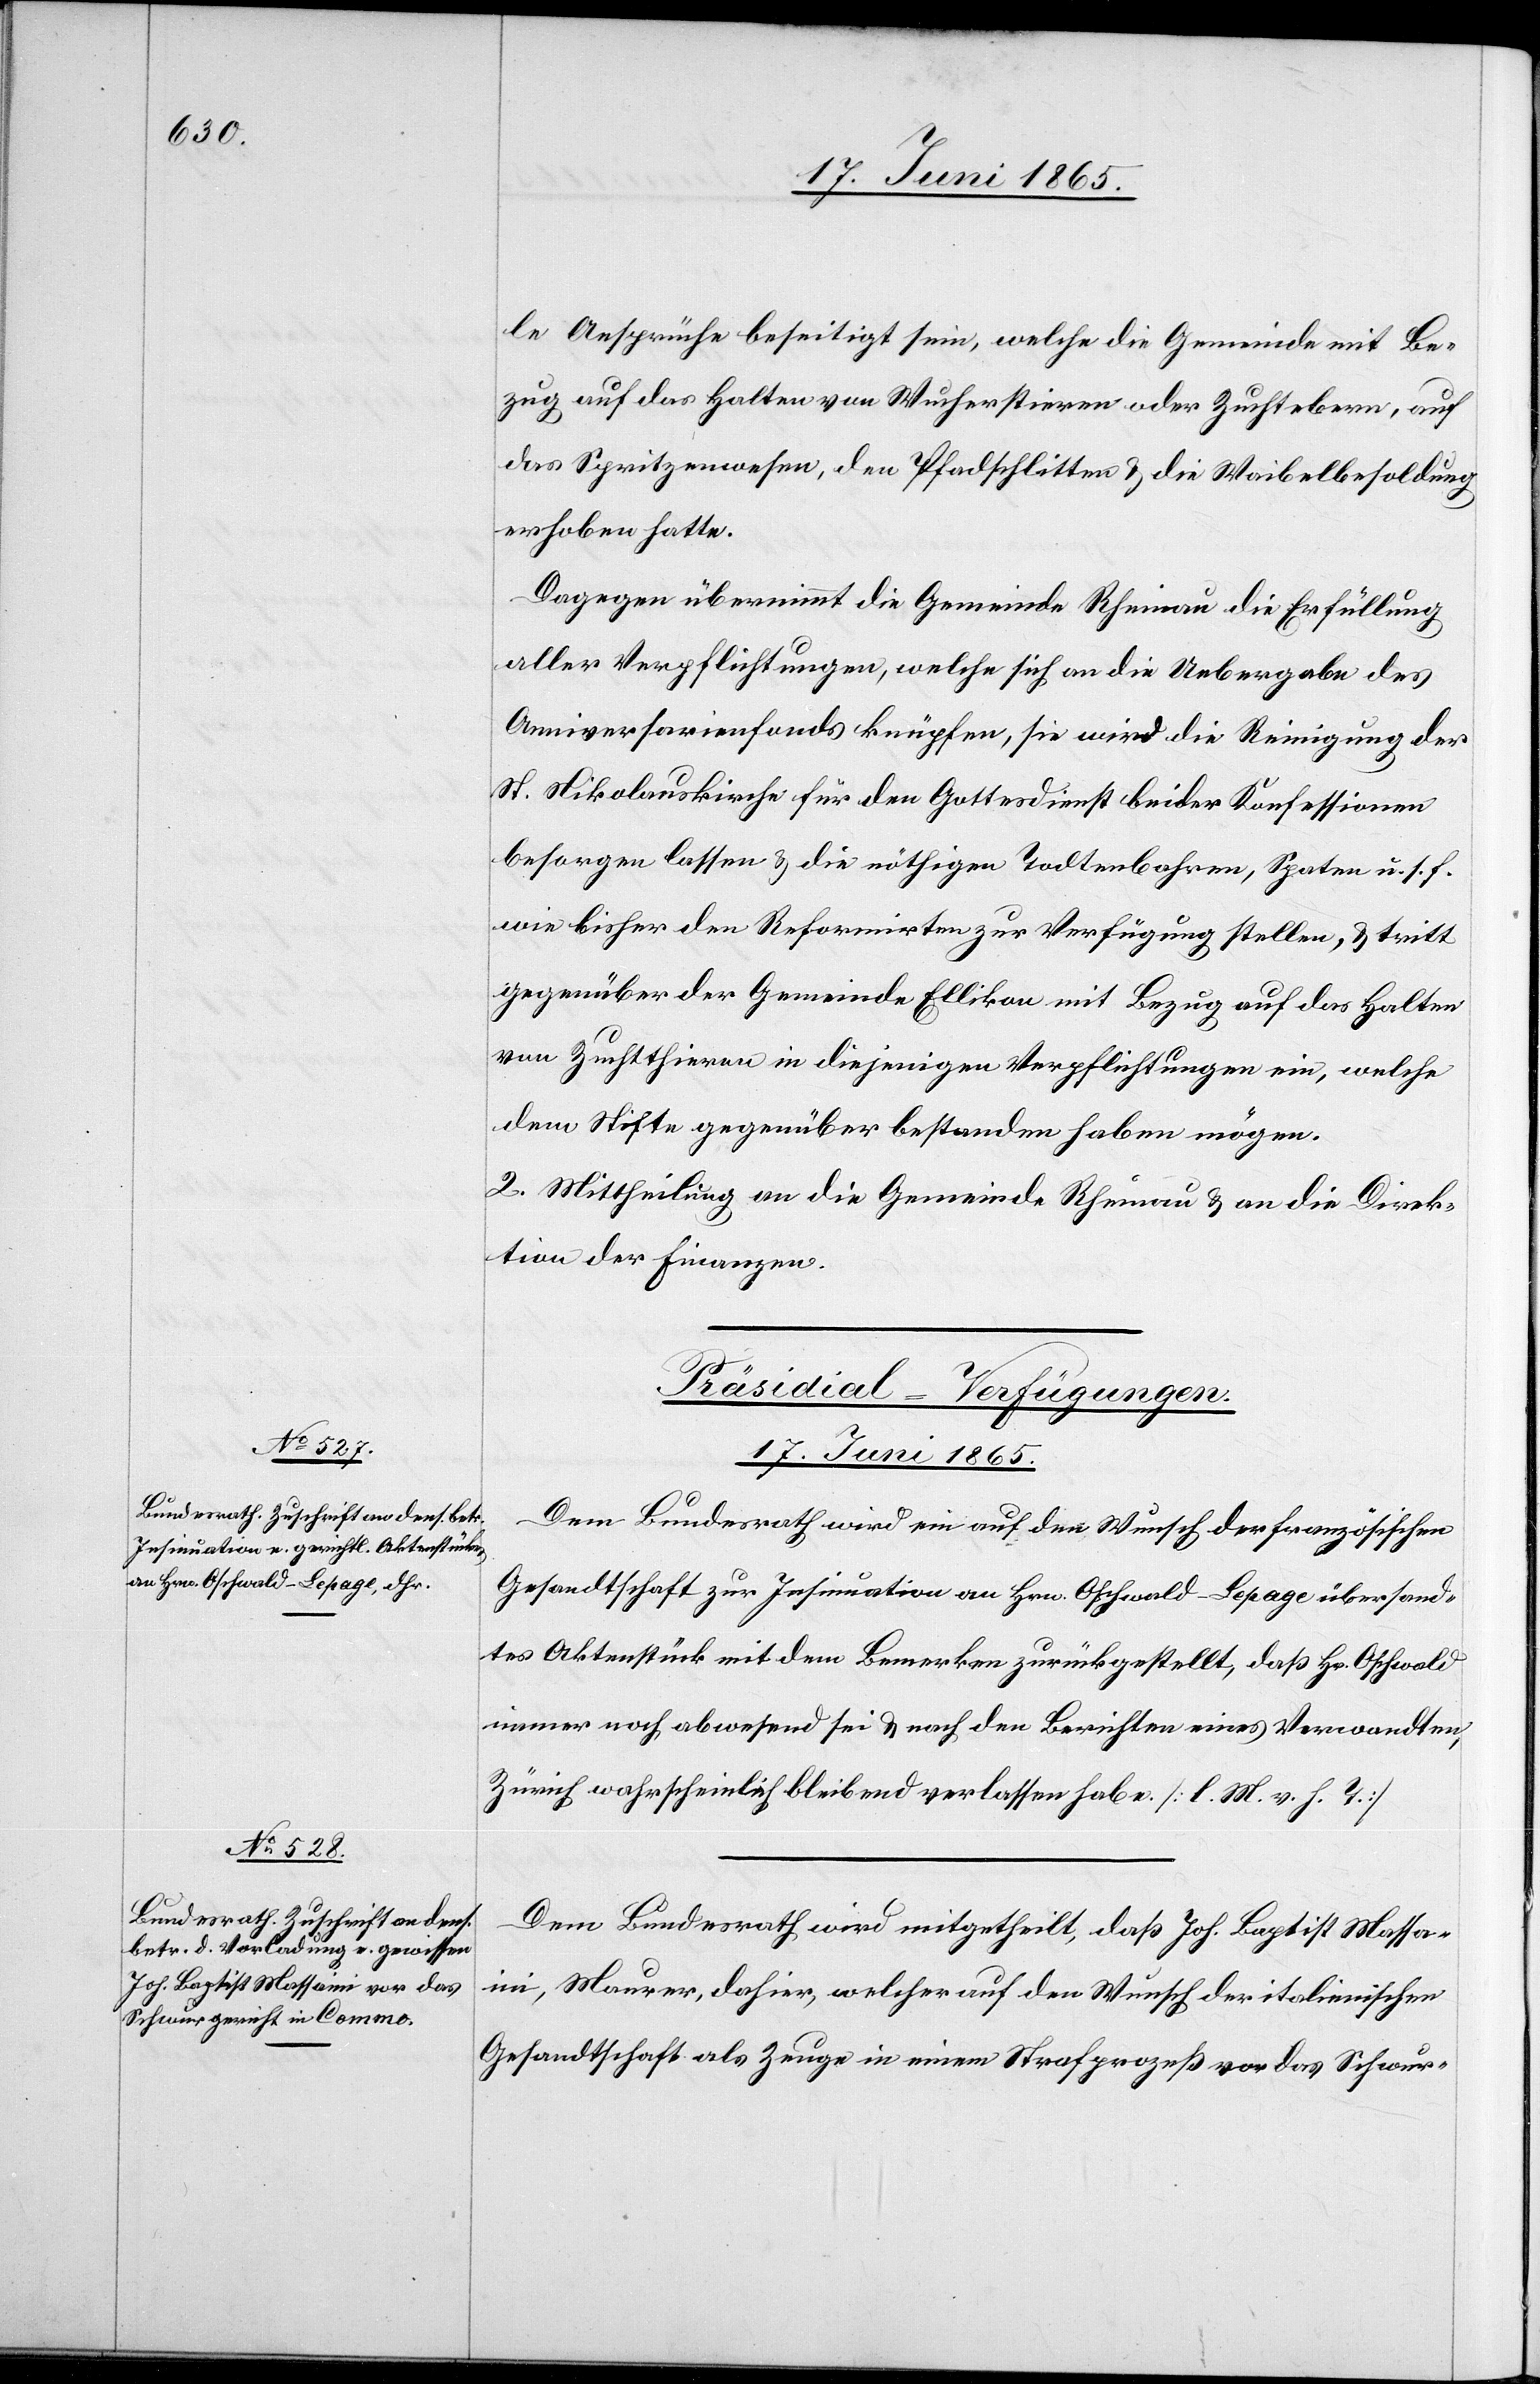
17. Juni 1865.]
le Ansprüche beseitigt sein, welche die Gemeinde mit Be¬
zug auf das Halten von Wucherstieren oder Zuchtebern, auf
das Spritzenwesen, den Pfadschlitten & die Waibelbesoldung
erhoben hatte.
Dagegen übernimmt die Gemeinde Rheinau die Erfüllung
aller Verpflichtungen, welche sich an die Uebergabe des
Anniversarienfonds knüpfen, sie wird die Reinigung der
St. Nikolauskirche für den Gottesdienst beider Konfessionen
besorgen lassen & die nöthigen Todtenbahren, Spaten u. s. f.
wie bisher den Reformirten zur Verfügung stellen, & tritt
gegenüber der Gemeinde Ellikon mit Bezug auf das Halten
von Zuchtthieren an diejenigen Verpflichtungen ein, welche
dem Stifte gegenüber bestanden haben mögen.
2. Mittheilung an die Gemeinde Rheinau & an die Direk¬
tion der Finanzen.
[Präsidial-Verfügungen.
17. Juni 1865.
Dem Bundesrath wird ein auf den Wunsch der französischen
Gesandtschaft zur Insinuation an Hrn. Oschwald-Lepage übersand¬
tes Aktenstück mit dem Bemerken zurückgestellt, daß Hr. Oschwald
immer noch abwesend sei & nach den Berichten eines Verwandten,
Zürich wahrscheinlich bleibend verlassen habe. [l. M. v. h. T.]
Dem Bundesrath wird mitgetheilt, daß Joh. Baptist Massa¬
ini, Maurer, dahier, welcher auf den Wunsch der italienischen
Gesandtschaft als Zeuge in einem Strafprozeß vor das Schwur-